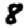
Digit: 8